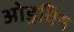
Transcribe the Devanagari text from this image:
ओड्रविष